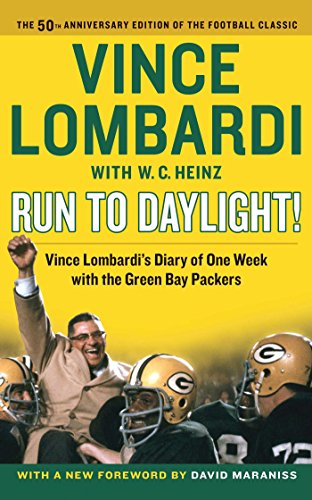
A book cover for Run to Daylight!: Vince Lombardi's Diary of One Week with the Green Bay Packers; Vince Lombardi; Sports & Outdoors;